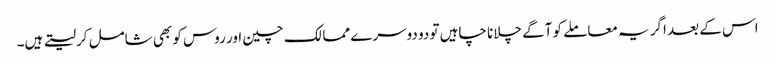
اس کے بعد اگر یہ معاملے کو آگے چلانا چاہیں تو دو دوسرے ممالک چین اور روس کو بھی شامل کرلیتے ہیں۔